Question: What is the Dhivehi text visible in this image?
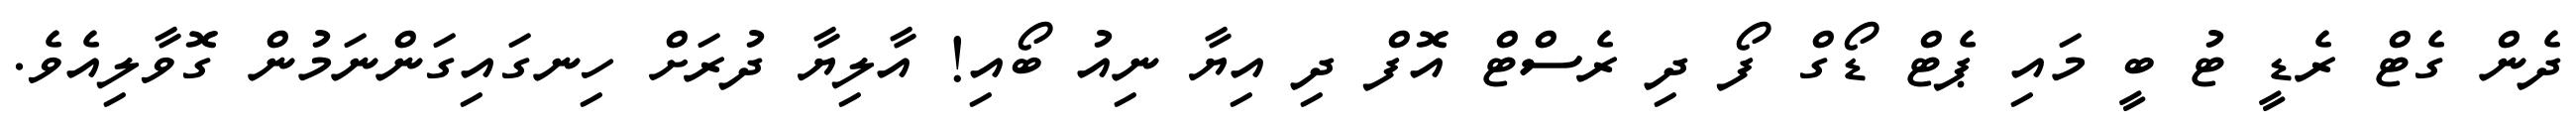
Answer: ދެން ގެޓް ރެޑީ ޓު ބީ މައި ޕެޓް ޑޯގް ފޯ ދި ރެސްޓް އޮފް ދި އިޔާ ނިއު ބޯއި! އާލިޔާ ދުރަށް ހިނގައިގަންނަމުން ގޮވާލިއެވެ.